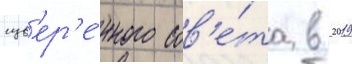
сув'ер'е́нного сов'е́та в 2019